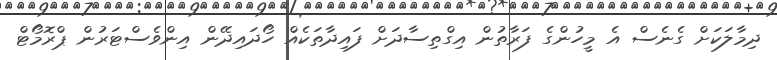
ދިމާލަކަށް ގެނެސް އެ މީހުންގެ ފަރާތުން އިގްތިސާދަށް ފައިދާތަކެއް ހޯދައިދޭން އިންވެސްޓަރުން ޕްރޮމޯޓް